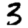
Digit: 3